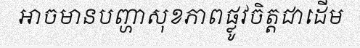
អាចមានបញ្ហាសុខភាពផ្លូវចិត្តជាដើម